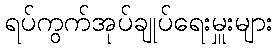
ရပ်ကွက်အုပ်ချုပ်ရေးမှူးများ